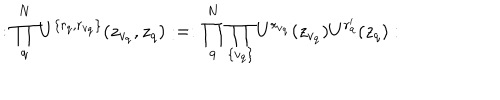
: \prod _ { q } ^ { N } U ^ { \{ r _ { q } , r _ { v _ { q } } \} } ( z _ { v _ { q } } , z _ { q } ) : = : \prod _ { q } ^ { N } \prod _ { \{ v _ { q } \} } U ^ { r _ { v _ { q } } } ( z _ { v _ { q } } ) U ^ { r _ { q } ^ { \prime } } ( z _ { q } ) :